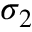
\sigma _ { 2 }